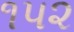
૧પ૨